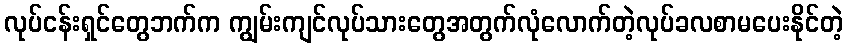
လုပ်ငန်းရှင်တွေဘက်က ကျွမ်းကျင်လုပ်သားတွေအတွက်လုံလောက်တဲ့လုပ်ခလစာမပေးနိုင်တဲ့